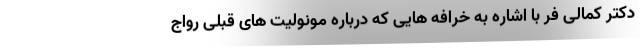
دکتر کمالی فر با اشاره به خرافه هایی که درباره مونولیت های قبلی رواج